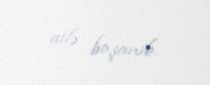
ailə boşanıb.